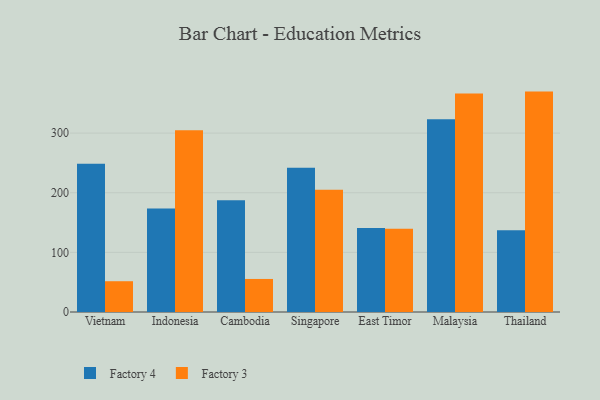
{"axis": {"x": "Country", "y": "Temperature (°C)"}, "legend": ["Factory 3", "Factory 4"], "data": [{"x": "Vietnam", "y": 248.5, "type": "Factory 4"}, {"x": "Vietnam", "y": 51.6, "type": "Factory 3"}, {"x": "Indonesia", "y": 173.4, "type": "Factory 4"}, {"x": "Indonesia", "y": 304.7, "type": "Factory 3"}, {"x": "Cambodia", "y": 187.2, "type": "Factory 4"}, {"x": "Cambodia", "y": 55.4, "type": "Factory 3"}, {"x": "Singapore", "y": 242.1, "type": "Factory 4"}, {"x": "Singapore", "y": 205.2, "type": "Factory 3"}, {"x": "East Timor", "y": 141.0, "type": "Factory 4"}, {"x": "East Timor", "y": 139.5, "type": "Factory 3"}, {"x": "Malaysia", "y": 323.3, "type": "Factory 4"}, {"x": "Malaysia", "y": 366.3, "type": "Factory 3"}, {"x": "Thailand", "y": 137.2, "type": "Factory 4"}, {"x": "Thailand", "y": 369.6, "type": "Factory 3"}]}